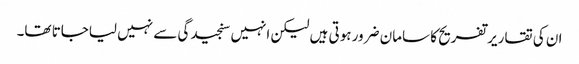
ان کی تقاریر تفریح کا سامان ضرور ہوتی ہیں لیکن انہیں سنجیدگی سے نہیں لیاجاتا تھا۔